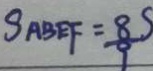
S _ { A B E F } = \frac { 8 . S } { 9 }